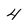
Character: 4